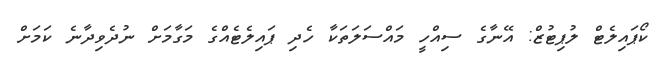
ކޯޕައިލެޓް ލުޕިޓުޒް: އޭނާގެ ސިއްހީ މައްސަލަތަކާ ހެދި ޕައިލެޓެއްގެ މަގާމަށް ނުދެވިދާނެ ކަމަށް